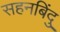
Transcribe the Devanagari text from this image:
सहनबिंदु